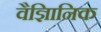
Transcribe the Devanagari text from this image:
वैज्ञिानिक